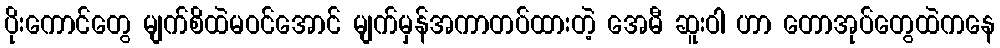
ပိုးကောင်တွေ မျက်စိထဲမဝင်အောင် မျက်မှန်အကာတပ်ထားတဲ့ အေမီ ဆူးဝါ ဟာ တောအုပ်တွေထဲကနေ